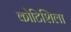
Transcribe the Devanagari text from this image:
कोटिशिला